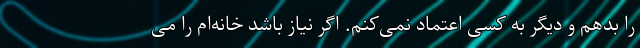
را بدهم و دیگر به کسی اعتماد نمی‌کنم. اگر نیاز باشد خانه‌ام را می